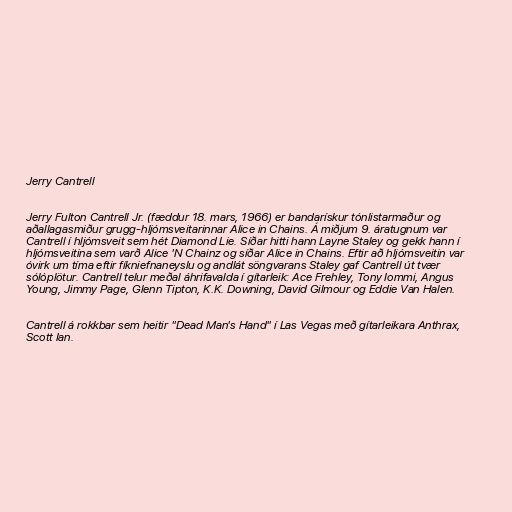
Jerry Cantrell

Jerry Fulton Cantrell Jr. (fæddur 18. mars, 1966) er bandarískur tónlistarmaður og
aðallagasmiður grugg-hljómsveitarinnar Alice in Chains. Á miðjum 9. áratugnum var
Cantrell í hljómsveit sem hét Diamond Lie. Síðar hitti hann Layne Staley og gekk hann í
hljómsveitina sem varð Alice 'N Chainz og síðar Alice in Chains. Eftir að hljómsveitin var
óvirk um tíma eftir fíkniefnaneyslu og andlát söngvarans Staley gaf Cantrell út tvær
sólóplötur. Cantrell telur meðal áhrifavalda í gítarleik: Ace Frehley, Tony Iommi, Angus
Young, Jimmy Page, Glenn Tipton, K.K. Downing, David Gilmour og Eddie Van Halen.

Cantrell á rokkbar sem heitir "Dead Man's Hand" í Las Vegas með gítarleikara Anthrax,
Scott Ian.